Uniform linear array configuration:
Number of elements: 24
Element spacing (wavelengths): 1
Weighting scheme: hann
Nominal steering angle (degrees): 30
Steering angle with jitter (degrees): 30.327
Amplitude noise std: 0.05
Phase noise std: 0.05

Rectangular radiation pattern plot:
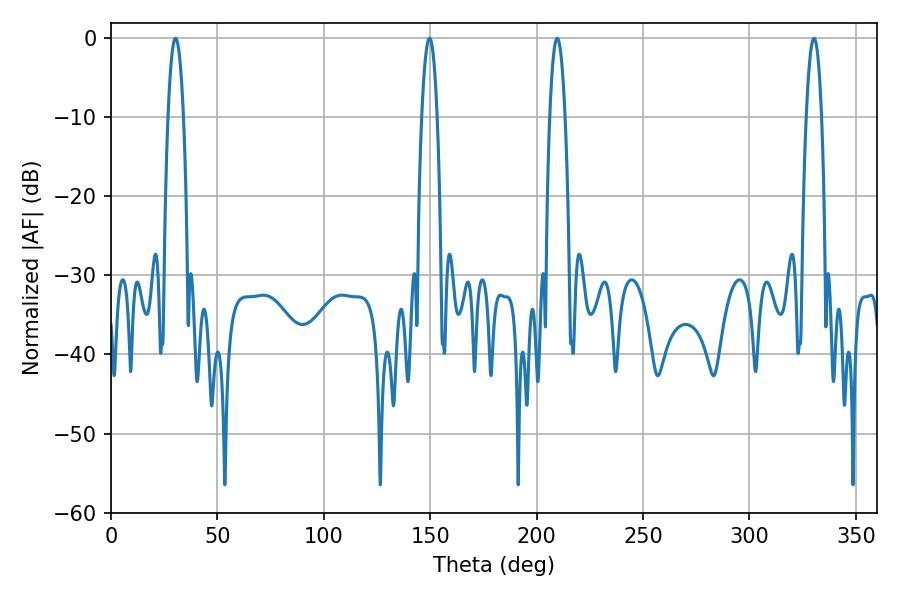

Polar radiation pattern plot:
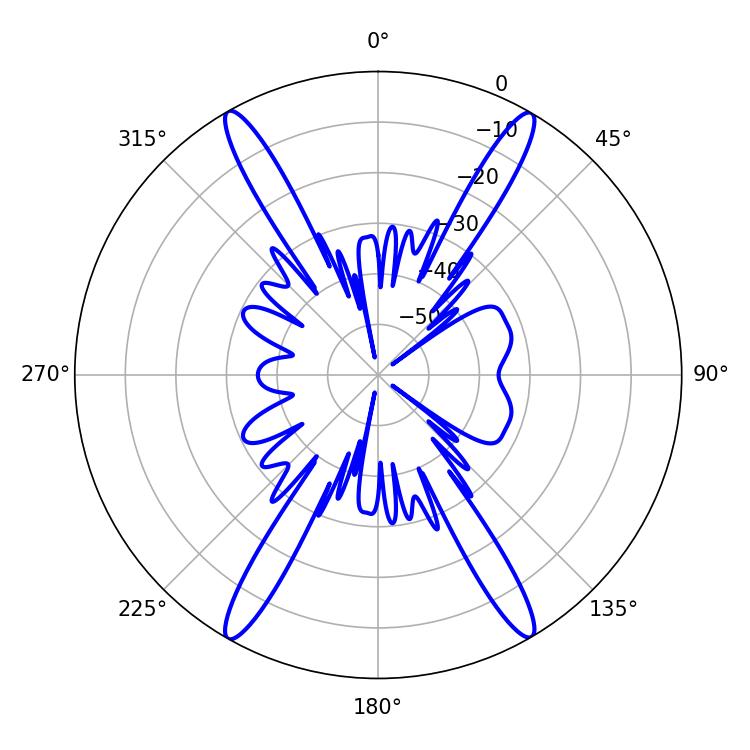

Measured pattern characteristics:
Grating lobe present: TRUE
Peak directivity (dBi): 30.098
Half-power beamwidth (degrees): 3.96
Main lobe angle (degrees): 209.7